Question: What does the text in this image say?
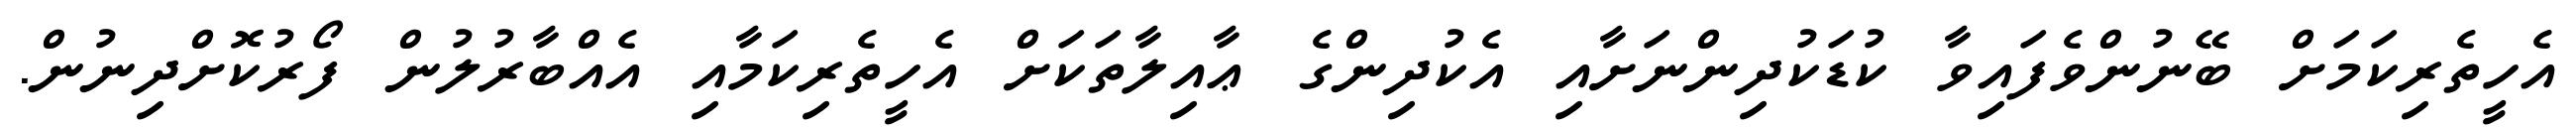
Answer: އެހީތެރިކަމަށް ބޭނުންވެފައިވާ ކުޑަކުދިންނަށާއި އެކުދިންގެ ޢާއިލާތަކަށް އެހީތެރިކަމާއި އެއްބާރުލުން ފޯރުކޮށްދިނުން.